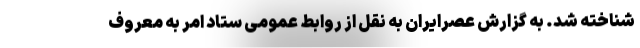
شناخته شد. به گزارش عصرایران به نقل از روابط عمومی ستاد امر به معروف